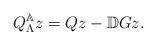
LaTeX: \begin{align*} Q_\Lambda^\mathbb{A}z=Qz-\mathbb{D}Gz.\end{align*}